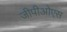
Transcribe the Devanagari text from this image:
जीपीओएस